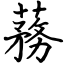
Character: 蓩